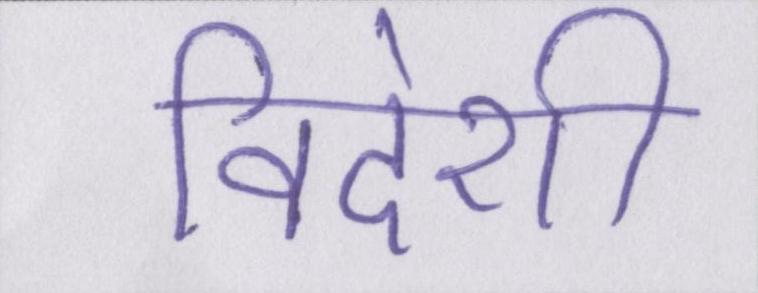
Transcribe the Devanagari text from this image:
विदेशी